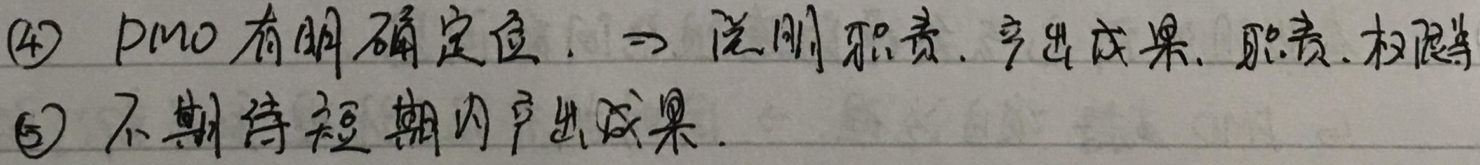
\textcircled{4} PMO有明确定位. $\Rightarrow$ 说明职责、产出成果、职责、权限等
\textcircled{5} 不期待短期内产出成果.